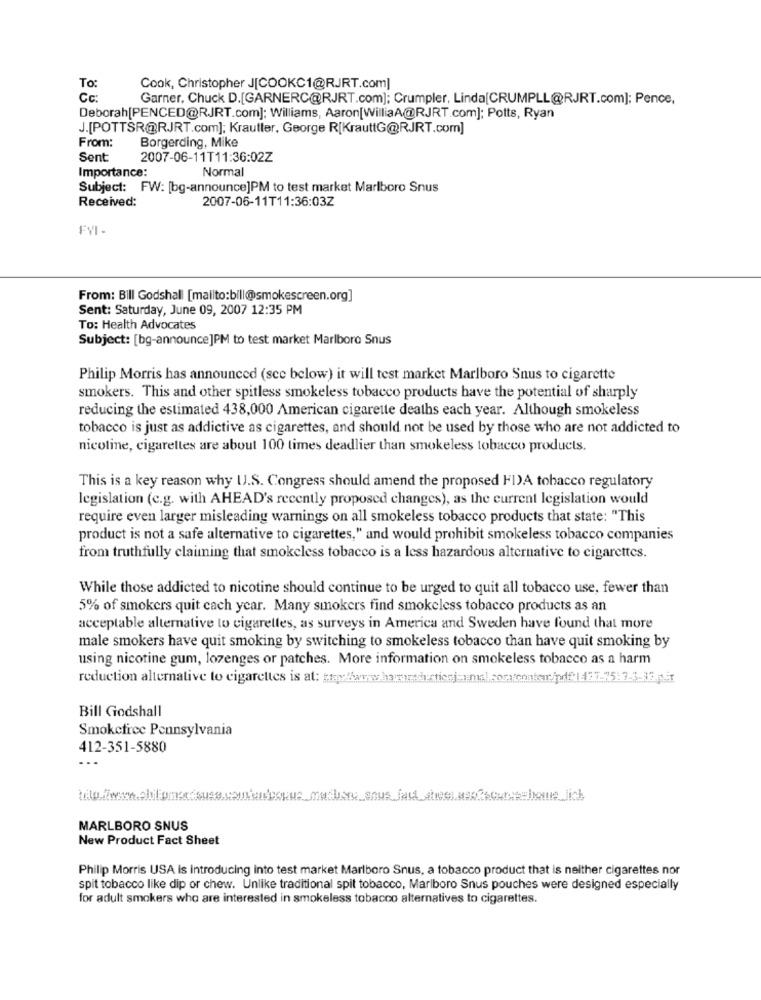
To:
Cook, Christopher J[COOKC1@RJRT.com]
Cc:
Garner, Chuck D.[GARNERC@RJRT.com]; Crumpler, Linda[CRUMPLL@RJRT.com]; Pence,
Deborah[PENCED@RJRT.com]; Williams, Aaron[WilliaA@RJRT.com]; Potts, Ryan
J.[POTTSR@RJRT.com]; Krautter, George R[KrauttG@RJRT.com]
From:
Borgerding, Mike
Sent
2007-06-11T11:36:02Z
Importance:
Normal
Subject: FW: [bg-announce]PM to test market Marlboro Snus
Received:
2007-06-11T11:36:03Z
FYI-
From: Bill Godshall [mailto:bill@smokescreen.org]
Sent: Saturday, June 09, 2007 12:35 PM
To: Health Advocates
Subject: [bg-announce]PM to test market Marlboro Snus
Philip Morris has announced (see below) it will test market Marlboro Snus to cigarette
smokers. This and other spitless smokeless tobacco products have the potential of sharply
reducing the estimated 438,000 American cigarette deaths each year. Although smokeless
tobacco is just as addictive as cigarettes, and should not be used by those who are not addicted to
nicotine, cigarettes are about 100 times deadlier than smokeless tobacco products.
This is a key reason why IJ.S. Congress should amend the proposed FI)A tobacco regulatory
legislation (c.g. with AHEAD's recently proposed changes), as the current legislation would
require even larger misleading warnings on all smokeless tobacco products that state: "This
product is not a safe alternative to cigarettes," and would prohibit smokeless tobacco companies
from truthfully claiming that smokeless tobacco is a less hazardous alternative to cigarettes.
While those addicted to nicotine should continue to be urged to quit all tobacco use, fewer than
5% of smokers quit cach year. Many smokers find smokeless tobacco products as an
acceptable alternative to cigarettes, as surveys in America and Sweden have found that more
male smokers have quit smoking by switching to smokeless tobacco than have quit smoking by
using nicotine gum, lozenges or patches. More information on smokeless tobacco as a harm
reduction alternative to cigarettes is at: (re://www.hanmahcticaj-malcortonateur/pdf| 427-75:7-3-324it
Bill Godshall
Smokefree Pennsylvania
412-351-5880
MARLBORO SNUS
New Product Fact Sheet
Philip Morris USA is introducing into test market Marlboro Snus, a tobacco product that is neither cigarettes nor
spit tobacco like dip or chew. Unlike traditional spit tobacco, Marlboro Snus pouches were designed especially
for adult smokers who are interested in smokeless tobacco alternatives to cigarettes.